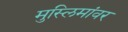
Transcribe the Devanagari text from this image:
मुस्लिमांवर